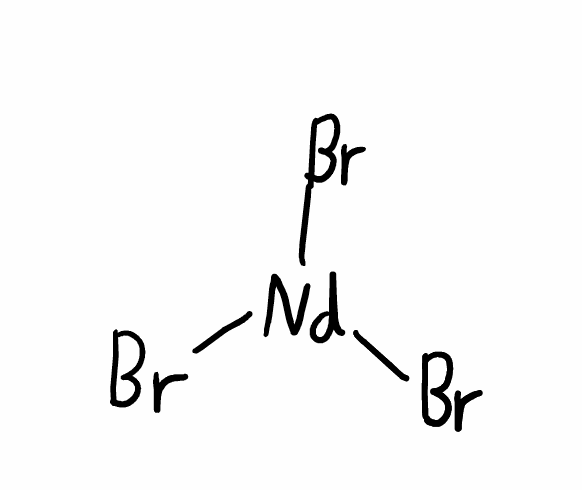
Simplified molecular-input line-entry system (SMILES) notation of the given molecule:
Br[Nd](Br)Br